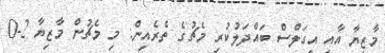
މާޒިޔާ އާއި އީގަލްސް ބައްދަލުކުރި މެޗުގެ ތެރެއިން: މި މެޗުން މާޒިޔާ 2-0